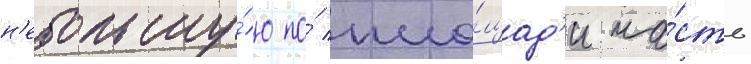
н'ебольшу́ю по́ пло́щад'и ча́сть